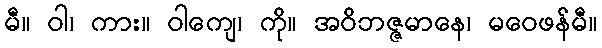
မီ။ ဝါ၊ ကား။ ဝါကျေ၊ ကို။ အဝိဘဇ္ဇမာနေ၊ မဝေဖန်မီ။